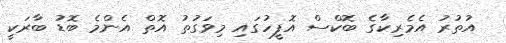
އުތުރު އެމެރިކާގެ ބޮކްސް އޮފީހުގައި މިވަގުތު އޮތް އެންމެ ބޮޑު ބާރަކީ